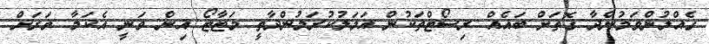
ގެއްލުންވަމުންދާ ގޮތަށް ބައެއް ރިސޯޓްތަކުން އަމަލުކުރަމުންދާތީ މަޓާޓޯ އިން ވަނީ އެކަމާ ވަރަށް